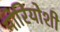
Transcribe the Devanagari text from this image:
मोरियोशी